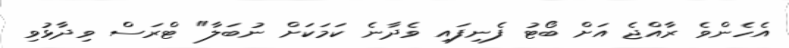
އެހެންވެ ރާއްޖެ އަށް ބޯޓު ފެނިފައި ވެދާނެ ކަމަކަށް ނުބަލާ" ޓްރަސް ވިދާޅުވި